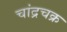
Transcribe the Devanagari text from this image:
चांद्रचक्र